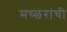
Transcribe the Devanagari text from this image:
मच्छरांची